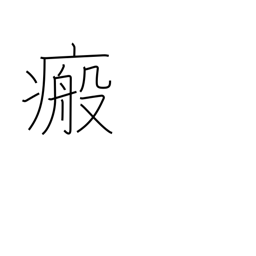
Meaning: scar